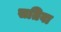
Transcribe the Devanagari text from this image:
सतिवा